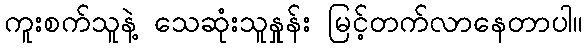
ကူးစက်သူနဲ့ သေဆုံးသူနှုန်း မြင့်တက်လာနေတာပါ။